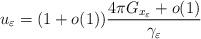
LaTeX: \begin{align*}u_\varepsilon=(1+o(1))\frac{4\pi G_{x_\varepsilon}+o(1)}{\gamma_\varepsilon}\end{align*}